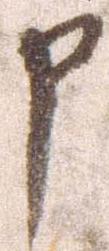
申